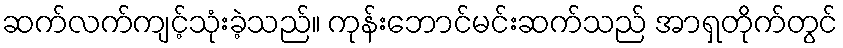
ဆက်လက်ကျင့်သုံးခဲ့သည်။ ကုန်းဘောင်မင်းဆက်သည် အာရှတိုက်တွင်